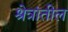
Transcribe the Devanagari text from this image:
श्रेत्रांतील